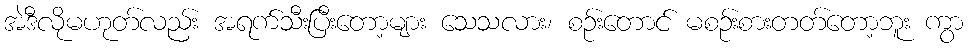
အဲဒီလိုမဟုတ်လည်း အရက်သီးပြီးတော့များ သေသလား၊ စဉ်းတောင် မစဉ်းစားတတ်တော့ဘူး ကွာ